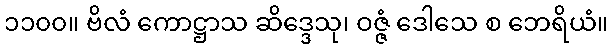
၁၁၀၀။ ဗိလံ ကောဋ္ဌာသ ဆိဒ္ဒေသု၊ ဝဇ္ဇံ ဒေါသေ စ ဘေရိယံ။